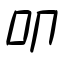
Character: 叩